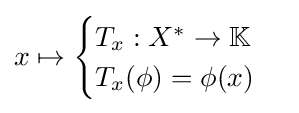
x\mapsto {\begin{cases}T_{x}:X^{*}\to \mathbb {K} \\T_{x}(\phi )=\phi (x)\end{cases}}